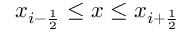
x _ { i - \frac { 1 } { 2 } } \leq x \leq x _ { i + \frac { 1 } { 2 } }